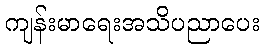
ကျန်းမာရေးအသိပညာပေး